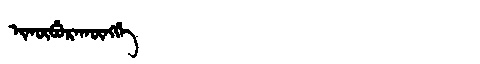
Manchu: ᡳᡴᡡᠪᡠᡵᠠᡴᡡᠩᡤᡝ
Romanization: IKŪBURAKŪNGGE